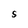
Character: S